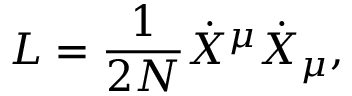
L = \frac { 1 } { 2 N } { \dot { X } } ^ { \mu } { \dot { X } } _ { \mu } ,